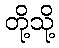
တို့သို့